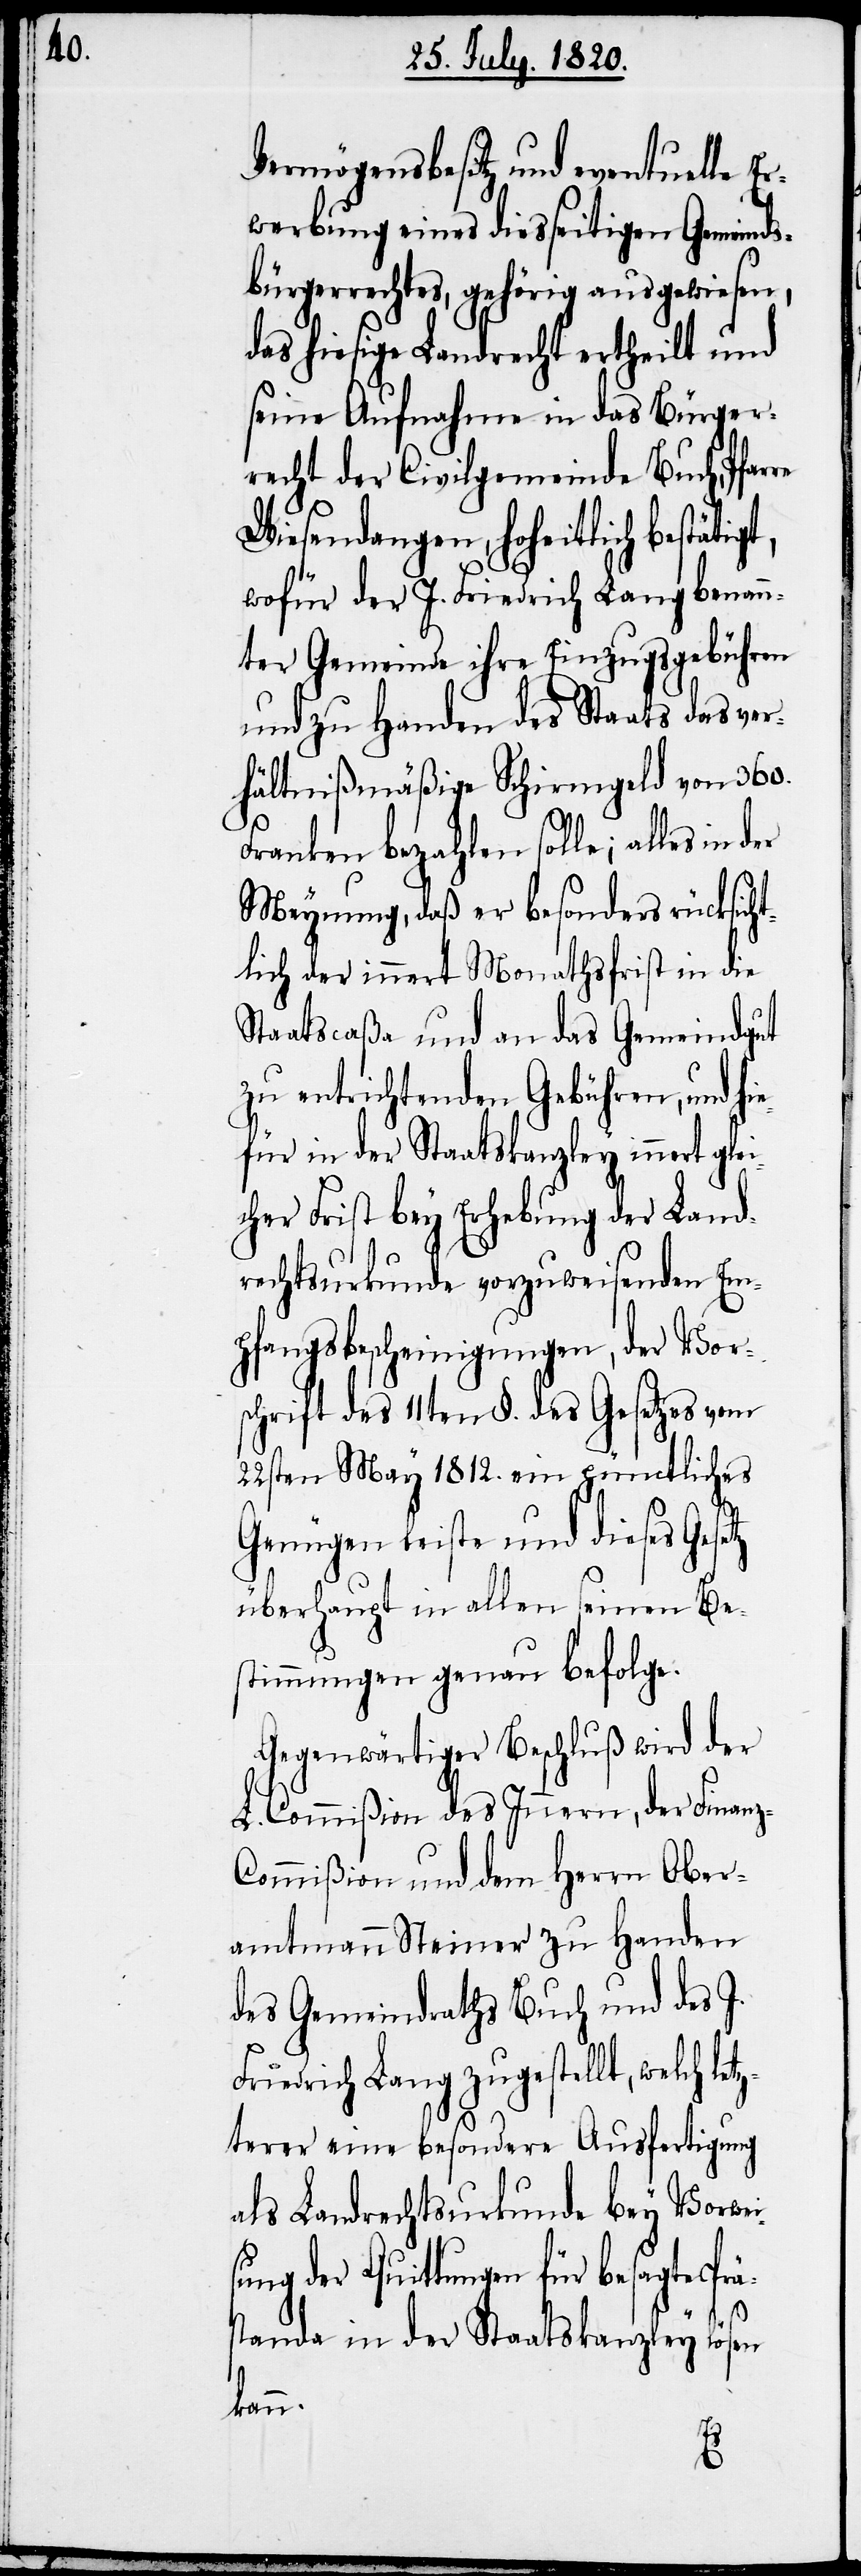
Vermögensbesitz und eventuelle E¬
rwerbung eines diesseitigen Gemeinds¬
bürgerrechtes, gehörig ausgewiesen,
das hiesige Landrecht ertheilt und
seine Aufnahme in das Bürger¬
recht der Civilgemeinde Buch, Pfar¬
Wiesendangen, hoheitlich bestätigt,
wofür der J. Friedrich Lang benann¬
ter Gemeinde ihre Einzugsgebühren
und zu Handen des Staats des ver¬
hältnißmäßige Schirmgeld von 360.
Franken bezahlen solle; alles in
Meynung, daß er besonders rücksich¬
tlich der innert Monathsfrist in die
Staatscaßa und an das Gemeindgut
zu entrichtenden Gebühren, und hi¬
efür in der Staatskanzley innert glei¬
cher Frist bey Ehrhebung der Land¬
rechtsurkunde vorzuweisenden Em¬
pfangsbescheinigungen, der Vor¬
schrift des 11ten §. des Gesetzes vom
22sten May 1812. ein pünctliches
Genügen leiste und dieses Gesetz
überhaupt in allen seinen Be¬
stimmungen genau befolge.
Gegenwärtiger Beschluß wird der
L. Commißion des Inneren, der Finanz-C¬
ommißion und dem Herrn Ober¬
amtmann Steiner zu Handen
des Gemeindraths Buch und des J.
Friedrich Lang zugestellt, welch le¬
tzterer eine besondere Ausfertigung
als Landrechtsurkunde bey Vorwei¬
sung der Quittungen für besagte Prä¬
standa in der Staatskanzley lösen
kann.
re